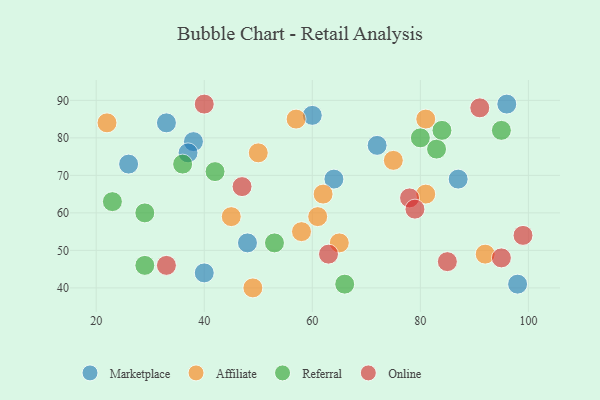
{"axis": {"x": "GDP", "y": "Life Expectancy"}, "legend": ["Affiliate", "Marketplace", "Online", "Referral"], "data": [{"x": "48", "y": 52, "type": "Marketplace"}, {"x": "64", "y": 69, "type": "Marketplace"}, {"x": "72", "y": 78, "type": "Marketplace"}, {"x": "38", "y": 79, "type": "Marketplace"}, {"x": "87", "y": 69, "type": "Marketplace"}, {"x": "33", "y": 84, "type": "Marketplace"}, {"x": "60", "y": 86, "type": "Marketplace"}, {"x": "40", "y": 44, "type": "Marketplace"}, {"x": "37", "y": 76, "type": "Marketplace"}, {"x": "26", "y": 73, "type": "Marketplace"}, {"x": "96", "y": 89, "type": "Marketplace"}, {"x": "98", "y": 41, "type": "Marketplace"}, {"x": "49", "y": 40, "type": "Affiliate"}, {"x": "57", "y": 85, "type": "Affiliate"}, {"x": "58", "y": 55, "type": "Affiliate"}, {"x": "50", "y": 76, "type": "Affiliate"}, {"x": "81", "y": 85, "type": "Affiliate"}, {"x": "75", "y": 74, "type": "Affiliate"}, {"x": "81", "y": 65, "type": "Affiliate"}, {"x": "92", "y": 49, "type": "Affiliate"}, {"x": "45", "y": 59, "type": "Affiliate"}, {"x": "62", "y": 65, "type": "Affiliate"}, {"x": "65", "y": 52, "type": "Affiliate"}, {"x": "61", "y": 59, "type": "Affiliate"}, {"x": "22", "y": 84, "type": "Affiliate"}, {"x": "83", "y": 77, "type": "Referral"}, {"x": "36", "y": 73, "type": "Referral"}, {"x": "84", "y": 82, "type": "Referral"}, {"x": "80", "y": 80, "type": "Referral"}, {"x": "42", "y": 71, "type": "Referral"}, {"x": "53", "y": 52, "type": "Referral"}, {"x": "95", "y": 82, "type": "Referral"}, {"x": "66", "y": 41, "type": "Referral"}, {"x": "29", "y": 60, "type": "Referral"}, {"x": "29", "y": 46, "type": "Referral"}, {"x": "23", "y": 63, "type": "Referral"}, {"x": "47", "y": 67, "type": "Online"}, {"x": "40", "y": 89, "type": "Online"}, {"x": "78", "y": 64, "type": "Online"}, {"x": "63", "y": 49, "type": "Online"}, {"x": "91", "y": 88, "type": "Online"}, {"x": "99", "y": 54, "type": "Online"}, {"x": "85", "y": 47, "type": "Online"}, {"x": "79", "y": 61, "type": "Online"}, {"x": "33", "y": 46, "type": "Online"}, {"x": "95", "y": 48, "type": "Online"}]}